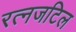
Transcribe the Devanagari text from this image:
रत्नजटिल